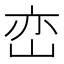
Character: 峦